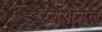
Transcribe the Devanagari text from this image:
इंटरनॆशनल